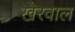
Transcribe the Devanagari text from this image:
खेरवाल